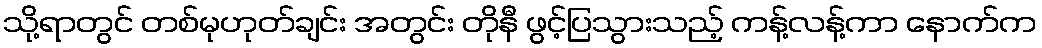
သို့ရာတွင် တစ်မုဟုတ်ချင်း အတွင်း တိုနီ ဖွင့်ပြသွားသည့် ကန့်လန့်ကာ နောက်က